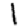
Digit: 1